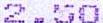
2.50